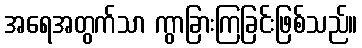
အရေအတွက်သာ ကွာခြားကြခြင်းဖြစ်သည်။